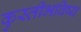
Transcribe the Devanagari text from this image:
कुस्तीभविष्य